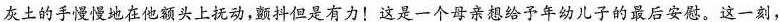
灰土的手慢慢地在他额头上抚动，颤抖但是有力！这是一个母亲想给予年幼儿子的最后安慰。这一刻，